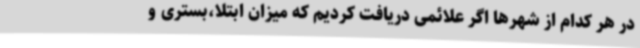
در هر کدام از شهرها اگر علائمی دریافت کردیم که میزان ابتلا،بستری و